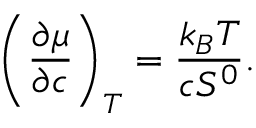
\left( \frac { \partial \mu } { \partial c } \right) _ { T } = \frac { k _ { B } T } { c S ^ { 0 } } .